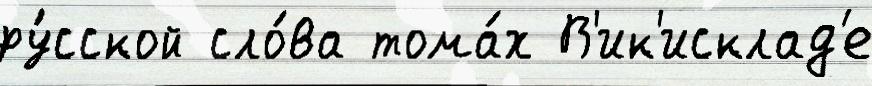
ру́сской сло́ва тома́х В'ик'исклад'е